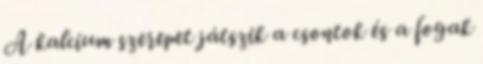
A kalcium szerepet játszik a csontok és a fogak